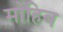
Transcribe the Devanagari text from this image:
मोहिब